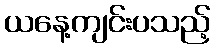
ယနေ့ကျင်းပသည့်